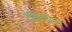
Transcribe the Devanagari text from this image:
दीक्षाप्राप्त